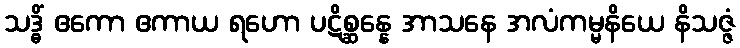
သဒ္ဓိံ ဧကော ဧကာယ ရဟော ပဋိစ္ဆန္နေ အာသနေ အလံကမ္မနိယေ နိသဇ္ဇံ